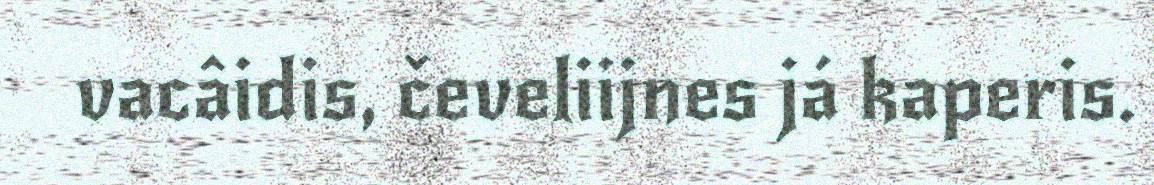
vacâidis, čeveliijnes já kaperis.